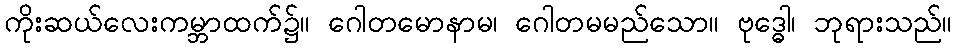
ကိုးဆယ်လေးကမ္ဘာထက်၌။ ဂေါတမောနာမ၊ ဂေါတမမည်သော။ ဗုဒ္ဓေါ၊ ဘုရားသည်။